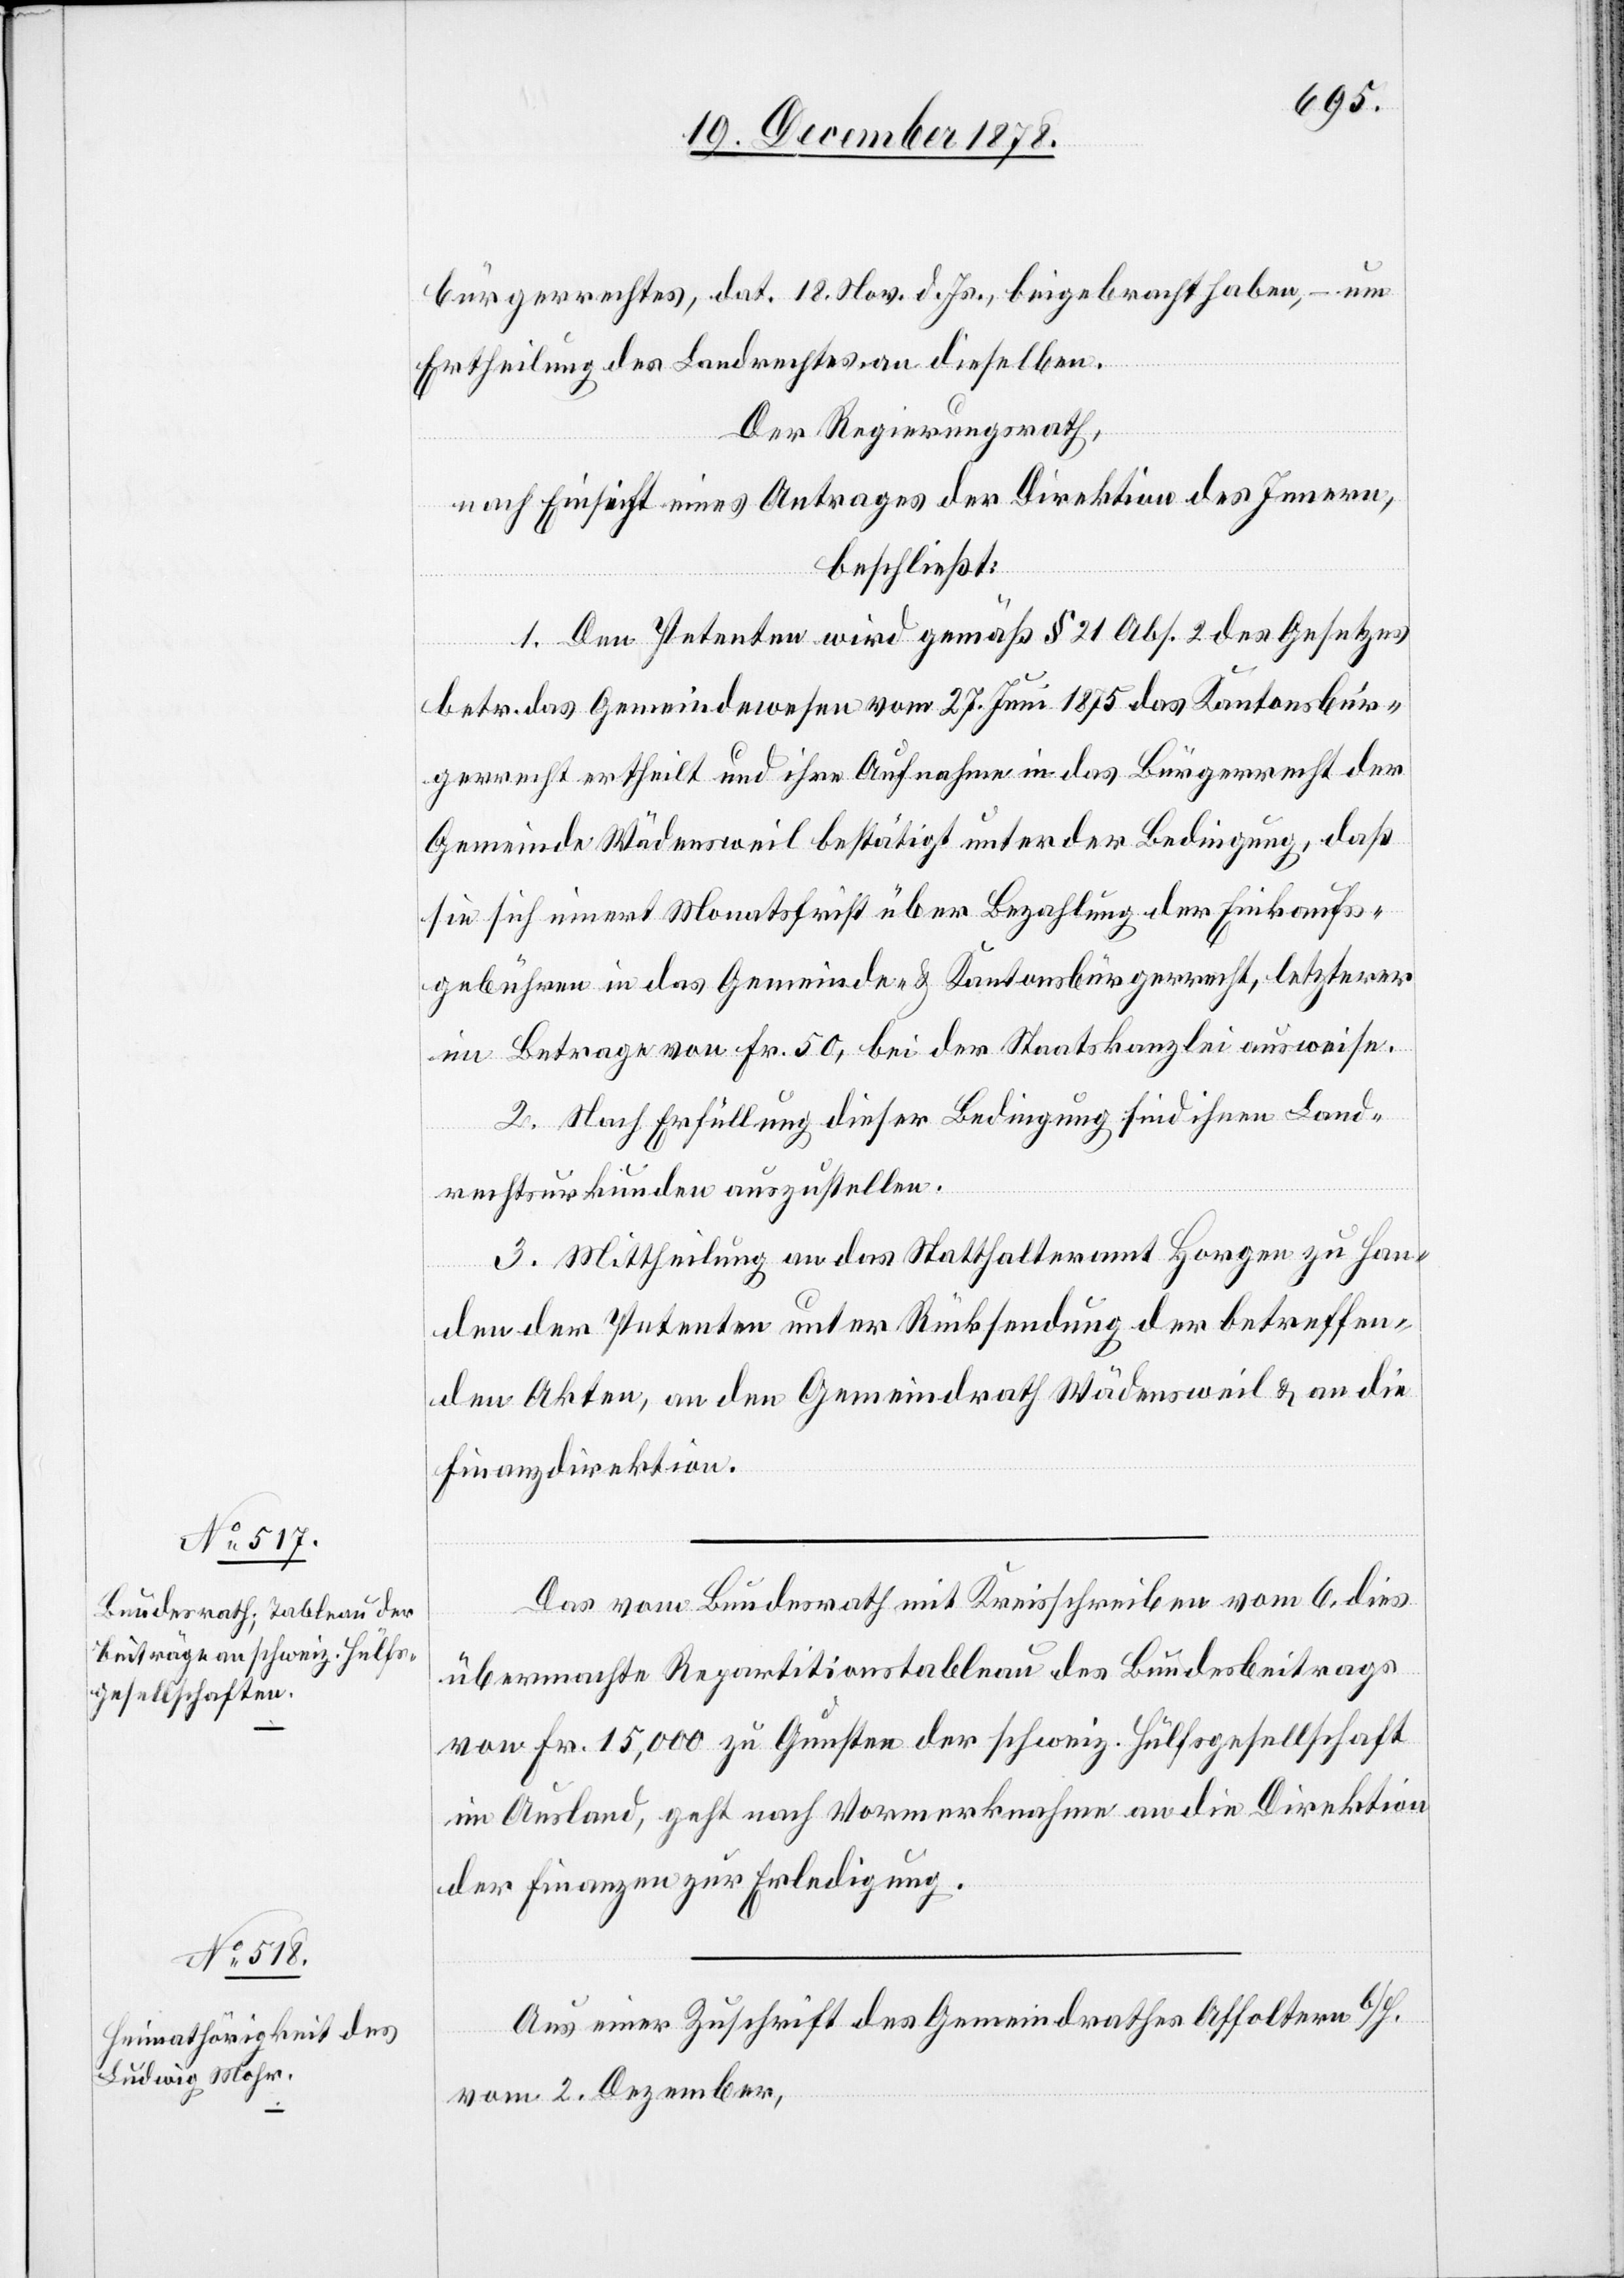
bürgerrechtes, dat. 18. Nov. d. Js., beigebracht haben, – um
Ertheilung des Landrechtes an dieselben.
Der Regierungsrath,
nach Einsicht eines Antrages der Direktion des Innern,
beschließt:
1. Den Petenten wird gemäß § 21 Abs. 2 des Gesetzes
betr. das Gemeindewesen vom 27. Juni 1875 das Kantonsbür¬
gerrecht ertheilt und ihre Aufnahme in das Bürgerrecht der
Gemeinde Wädensweil bestätigt unter der Bedingung, daß
sie sich innert Monatsfrist über Bezahlung der Einkaufs¬
gebühren in das Gemeinde- & Kantonsbürgerrecht, letzterer
im Betrage von Fr. 50, bei der Staatskanzlei ausweise.
2. Nach Erfüllung dieser Bedingung sind ihnen Land¬
rechtsurkunden auszustellen.
3. Mittheilung an das Statthalteramt Horgen zu Han¬
den der Petenten unter Rücksendung der betreffen¬
den Akten, an den Gemeindrath Wädensweil & an die
Finanzdirektion.
Das vom Bundesrath mit Kreisschreiben vom 6. dies
übermachte Repartitionstableau des Bundesbeitrags
von Fr. 15,000 zu Gunsten der schweiz. Hülfsgesellschaft
im Ausland, geht nach Vormerknahme an die Direktion
der Finanzen zur Erledigung.
Aus einer Zuschrift des Gemeindrathes Affoltern b/H.
vom 2. Dezember,